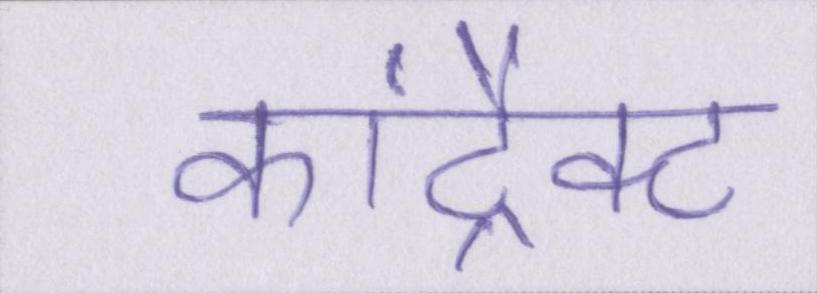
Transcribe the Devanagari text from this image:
कांट्रैक्ट